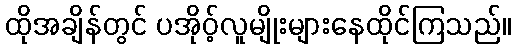
ထိုအချိန်တွင် ပအိုဝ့်လူမျိုးများနေထိုင်ကြသည်။